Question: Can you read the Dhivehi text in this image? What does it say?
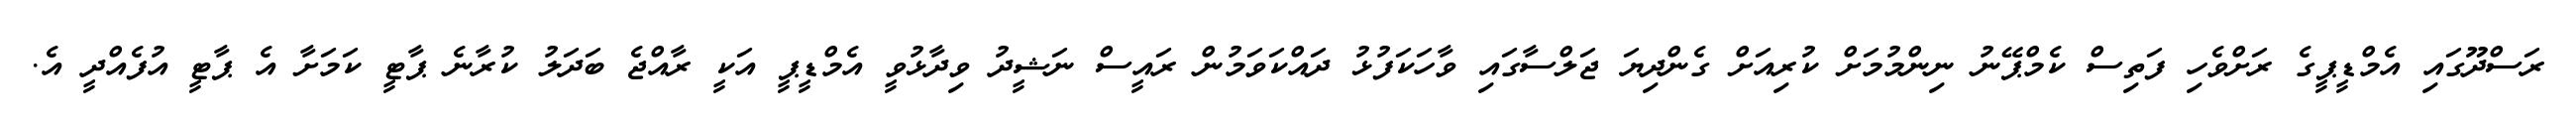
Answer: ރަސްދޫގައި އެމްޑީޕީގެ ރަށްވެހި ފަތިސް ކެމްޕޭނު ނިންމުމަށް ކުރިއަށް ގެންދިޔަ ޖަލްސާގައި ވާހަކަފުޅު ދައްކަވަމުން ރައީސް ނަޝީދު ވިދާޅުވީ އެމްޑީޕީ އަކީ ރާއްޖެ ބަދަލު ކުރާނެ ޕާޓީ ކަމަށާ އެ ޕާޓީ އުފެއްދީ އެ.